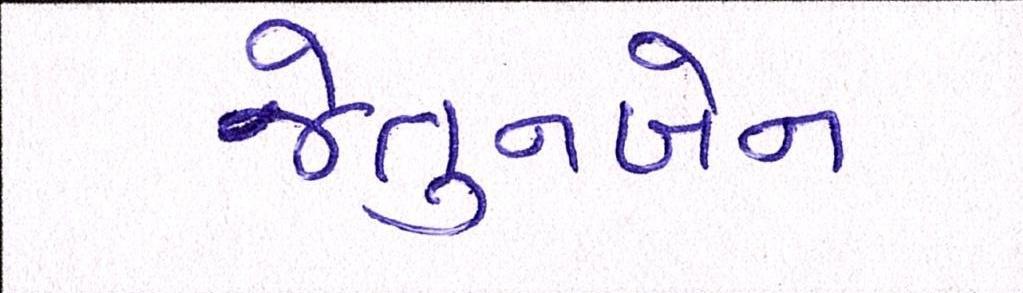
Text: જેતુનબેન